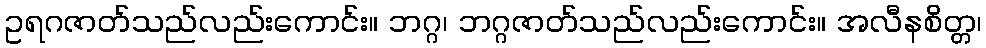
ဥရဂဇာတ်သည်လည်းကောင်း။ ဘဂ္ဂ၊ ဘဂ္ဂဇာတ်သည်လည်းကောင်း။ အလီနစိတ္တ၊